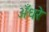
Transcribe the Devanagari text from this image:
अँधरे